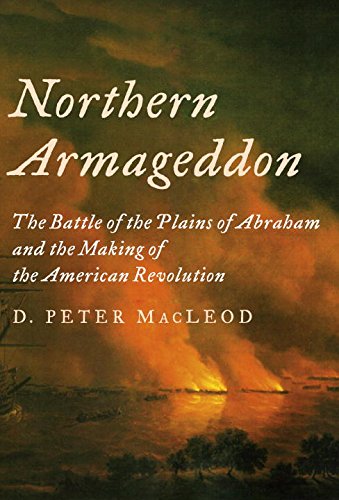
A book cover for Northern Armageddon: The Battle of the Plains of Abraham and the Making of the American Revolution; D. Peter MacLeod; History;